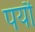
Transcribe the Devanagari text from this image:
पर्यौ